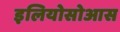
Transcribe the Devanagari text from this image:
इलियोसोआस